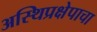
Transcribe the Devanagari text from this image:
अस्थिप्रक्षेपाचा